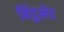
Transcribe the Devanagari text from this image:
बिंदुभेद